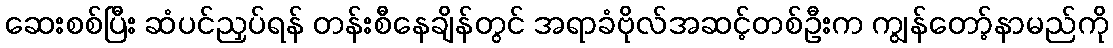
ဆေးစစ်ပြီး ဆံပင်ညှပ်ရန် တန်းစီနေချိန်တွင် အရာခံဗိုလ်အဆင့်တစ်ဦးက ကျွန်တော့်နာမည်ကို